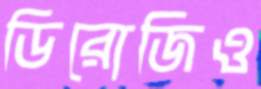
ডিরোজিও